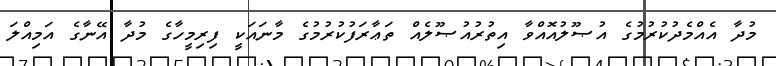
މުދާ އެއްމެދުކުރުމުގެ އުޞޫލުއޮއްވާ އިތުރުއުޞޫލެއް ތަޢާރަފުކުރުމުގެ މާނައަކީ ފިރިމީހާގެ މުދާ އޭނާގެ އަމިއްލަ